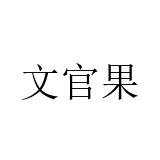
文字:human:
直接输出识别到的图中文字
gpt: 文官果